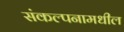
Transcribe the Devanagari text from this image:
संकल्पनामधील